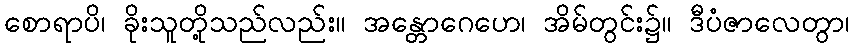
စောရာပိ၊ ခိုးသူတို့သည်လည်း။ အန္တောဂေဟေ၊ အိမ်တွင်း၌။ ဒီပံဇာလေတွာ၊